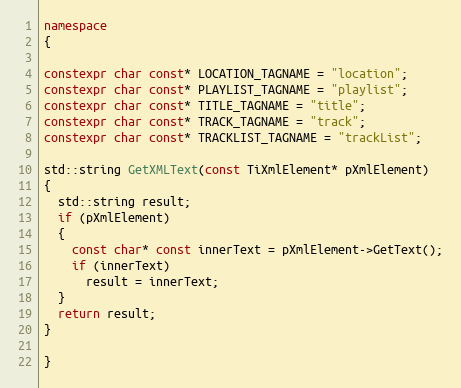
Language: C++
namespace
{

constexpr char const* LOCATION_TAGNAME = "location";
constexpr char const* PLAYLIST_TAGNAME = "playlist";
constexpr char const* TITLE_TAGNAME = "title";
constexpr char const* TRACK_TAGNAME = "track";
constexpr char const* TRACKLIST_TAGNAME = "trackList";

std::string GetXMLText(const TiXmlElement* pXmlElement)
{
  std::string result;
  if (pXmlElement)
  {
    const char* const innerText = pXmlElement->GetText();
    if (innerText)
      result = innerText;
  }
  return result;
}

}